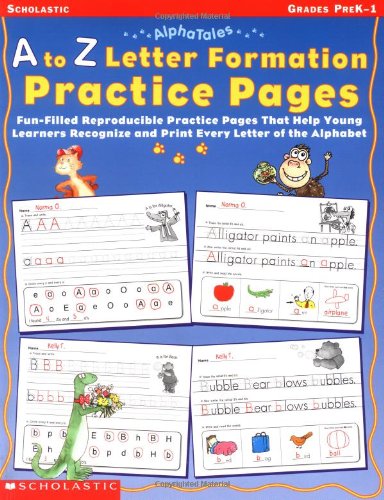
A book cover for AlphaTales: A to Z Letter Formation Practice Pages: Fun-filled Reproducible Practice Pages That Help Young Learners Recognize and Print Every Letter of the Alphabet; Scholastic Teaching Resources; Education & Teaching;